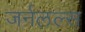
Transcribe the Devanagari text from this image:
जर्नलल्स